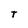
Character: T